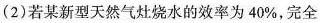
(2)若某新型天然气灶烧水的效率为40%，完全